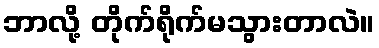
ဘာလို့ တိုက်ရိုက်မသွားတာလဲ။